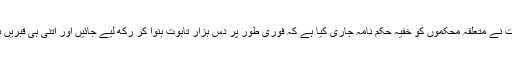
کہنے لگے کہ حکومت نے متعلقہ محکموں کو خفیہ حکم نامہ جاری کیا ہے کہ فوری طور پر دس ہزار تابوت بنوا کر رکھ لیے جائیں اور اتنی ہی قبریں بھی تیار رکھی جائیں۔